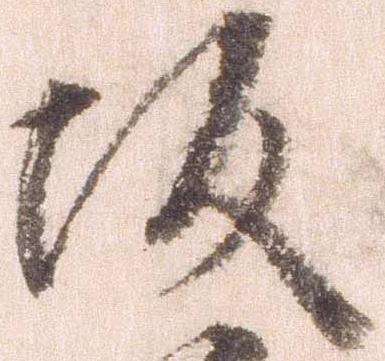
坂